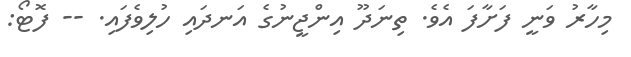
މިހާރު ވަނީ ފަށާފަ އެވެ. ތިނަދޫ އިންޖީނުގެ އަނދައި ހުލިވެފައި. -- ފޮޓޯ: